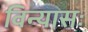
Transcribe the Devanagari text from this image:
विन्यासः